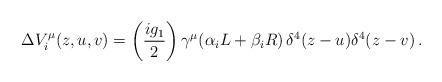
LaTeX: \begin{align*}\Delta V_i^\mu(z,u,v)=\left(\frac{ig_1}{2}\right)\gamma^\mu(\alpha_i L+\beta_i R)\,\delta^4(z-u)\delta^4(z-v) \, .\end{align*}